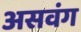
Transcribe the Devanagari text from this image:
असवंग